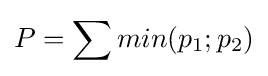
P=\sum {min(p_{1};p_{2})}